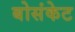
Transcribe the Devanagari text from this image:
बोसंकेट